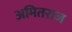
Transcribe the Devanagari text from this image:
अमितराज